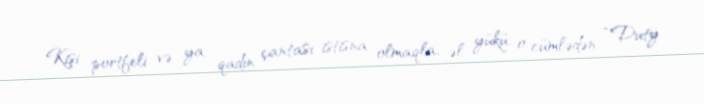
Kişi portfeli və ya qadın çantası istisna olmaqla, əl yükü, o cümlədən “Duty